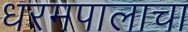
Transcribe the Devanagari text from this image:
धरमपालाचा